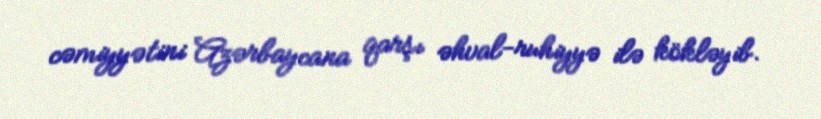
cəmiyyətini Azərbaycana qarşı əhval-ruhiyyə ilə kökləyib.